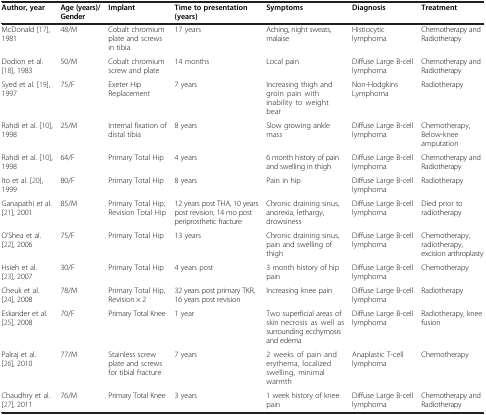
<table><thead><tr><td><b>Author, year</b></td><td><b>Age (years)/Gender</b></td><td><b>Implant</b></td><td><b>Time to presentation (years)</b></td><td><b>Symptoms</b></td><td><b>Diagnosis</b></td><td><b>Treatment</b></td></tr></thead><tbody><tr><td>McDonald [17], 1981</td><td>48/M</td><td>Cobalt chromium plate and screws in tibia</td><td>17 years</td><td>Aching, night sweats, malaise</td><td>Histiocytic lymphoma</td><td>Chemotherapy and Radiotherapy</td></tr><tr><td>Dodion et al. [18], 1983</td><td>50/M</td><td>Cobalt chromium screw and plate</td><td>14 months</td><td>Local pain</td><td>Diffuse Large B-cell lymphoma</td><td>Chemotherapy and Radiotherapy</td></tr><tr><td>Syed et al. [19], 1997</td><td>75/F</td><td>Exeter Hip Replacement</td><td>7 years</td><td>Increasing thigh and groin pain with inability to weight bear</td><td>Non-Hodgkins Lymphoma</td><td>Radiotherapy</td></tr><tr><td>Rahdi et al. [10], 1998</td><td>25/M</td><td>Internal fixation of distal tibia</td><td>8 years</td><td>Slow growing ankle mass</td><td>Diffuse Large B-cell lymphoma</td><td>Chemotherapy, Below-knee amputation</td></tr><tr><td>Rahdi et al. [10], 1998</td><td>64/F</td><td>Primary Total Hip</td><td>4 years</td><td>6 month history of pain and swelling in thigh</td><td>Diffuse Large B-cell lymphoma</td><td>Chemotherapy and Radiotherapy</td></tr><tr><td>Ito et al. [20], 1999</td><td>80/F</td><td>Primary Total Hip</td><td>8 years</td><td>Pain in hip</td><td>Diffuse Large B-cell lymphoma</td><td>Radiotherapy</td></tr><tr><td>Ganapathi et al. [21], 2001</td><td>85/M</td><td>Primary Total Hip, Revision Total Hip</td><td>12 years post THA, 10 years post revision, 14 mo post periprosthetic fracture</td><td>Chronic draining sinus, anorexia, lethargy, drowsiness</td><td>Diffuse Large B-cell lymphoma</td><td>Died prior to radiotherapy</td></tr><tr><td>O’Shea et al. [22], 2006</td><td>75/F</td><td>Primary Total Hip</td><td>13 years</td><td>Chronic draining sinus, pain and swelling of thigh</td><td>Diffuse Large B-cell lymphoma</td><td>Chemotherapy, radiotherapy, excision arthroplasty</td></tr><tr><td>Hsieh et al. [23], 2007</td><td>30/F</td><td>Primary Total Hip</td><td>4 years post</td><td>3 month history of hip pain</td><td>Diffuse Large B-cell lymphoma</td><td>Chemotherapy</td></tr><tr><td>Cheuk et al. [24], 2008</td><td>78/M</td><td>Primary Total Hip, Revision × 2</td><td>32 years post primary TKR, 16 years post revision</td><td>Increasing knee pain</td><td>Diffuse Large B-cell lymphoma</td><td>Radiotherapy</td></tr><tr><td>Eskander et al. [25], 2008</td><td>70/F</td><td>Primary Total Knee</td><td>1 year</td><td>Two superficial areas of skin necrosis as well as surrounding ecchymosis and edema</td><td>Diffuse Large B-cell lymphoma</td><td>Radiotherapy, knee fusion</td></tr><tr><td>Palraj et al. [26], 2010</td><td>77/M</td><td>Stainless screw plate and screws for tibial fracture</td><td>7 years</td><td>2 weeks of pain and erythema, localized swelling, minimal warmth</td><td>Anaplastic T-cell lymphoma</td><td>Chemotherapy</td></tr><tr><td>Chaudhry et al. [27], 2011</td><td>76/M</td><td>Primary Total Knee</td><td>3 years</td><td>1 week history of knee pain</td><td>Diffuse Large B-cell lymphoma</td><td>Chemotherapy and Radiotherapy</td></tr></tbody></table>